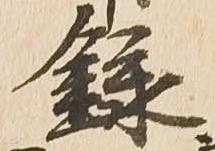
録